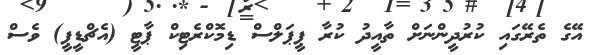
އޭގެ ތެރޭގައި ކުރުދީންނަށް ތާއީދު ކުރާ ޕީޕަލްސް ޑިމޮކްރެޓިކް ޕާޓީ (އެޗްޑީޕީ) ވެސް